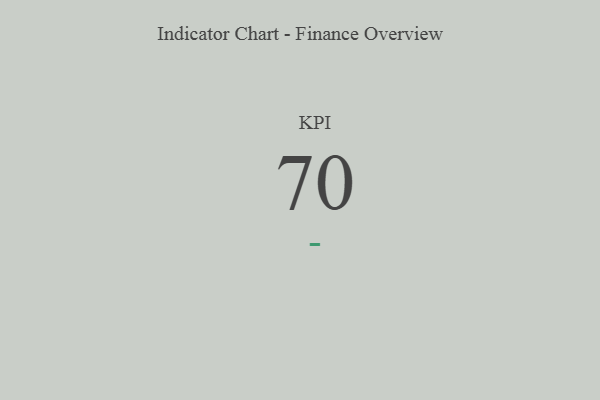
{"axis": {"x": "KPI", "y": "Value"}, "legend": [""], "data": [{"x": "KPI", "y": 70, "type": ""}]}